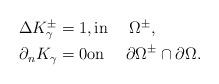
LaTeX: \begin{align*}\begin{aligned}\Delta K_\gamma^\pm&=1, \mbox{in}\ \quad\Omega^\pm,\\ \partial_n K_\gamma&=0\mbox{on}\ \quad\partial \Omega^\pm\cap \partial\Omega.\end{aligned}\end{align*}